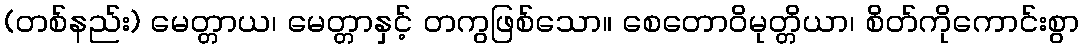
(တစ်နည်း) မေတ္တာယ၊ မေတ္တာနှင့် တကွဖြစ်သော။ စေတောဝိမုတ္တိယာ၊ စိတ်ကိုကောင်းစွာ